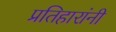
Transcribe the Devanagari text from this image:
प्रतिहारांनी